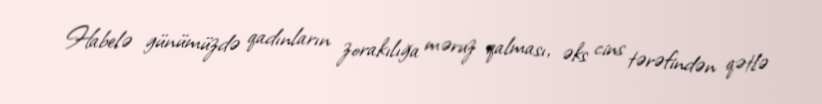
Habelə günümüzdə qadınların zorakılığa məruz qalması, əks cins tərəfindən qətlə